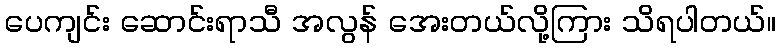
ပေကျင်း ဆောင်းရာသီ အလွန် အေးတယ်လို့ကြား သိရပါတယ်။